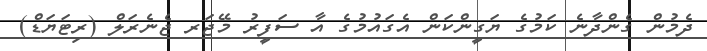
ދެމުން ގެންދާނެ ކަމުގެ ޔަގީންކަން އެގައުމުގެ އާ ސަފީރު މޭޖަރ ޖެނެރަލް (ރިޓަޔަޑް)